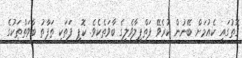
ގޮތުގައި ކެއުމަށް ބޭނުން ކުރެވޭ ފަތްޕިލާވެލީގެ ބާވަތެކެވެ. ކޮޕީ ފަަތަކީ ތަފާތު ބާވަތްތަކުގެ